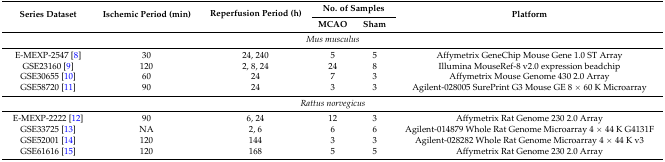
<table><thead><tr><td rowspan="2"><b>Series Dataset</b></td><td rowspan="2"><b>Ischemic Period (min)</b></td><td rowspan="2"><b>Reperfusion Period (h)</b></td><td colspan="2"><b>No. of Samples</b></td><td rowspan="2"><b>Platform</b></td></tr><tr><td><b>MCAO</b></td><td><b>Sham</b></td></tr></thead><tbody><tr><td colspan="6"><i>Mus musculus</i></td></tr><tr><td>E-MEXP-2547 [8]</td><td>30</td><td>24, 240</td><td>5</td><td>5</td><td>Affymetrix GeneChip Mouse Gene 1.0 ST Array</td></tr><tr><td>GSE23160 [9]</td><td>120</td><td>2, 8, 24</td><td>24</td><td>8</td><td>Illumina MouseRef-8 v2.0 expression beadchip</td></tr><tr><td>GSE30655 [10]</td><td>60</td><td>24</td><td>7</td><td>3</td><td>Affymetrix Mouse Genome 430 2.0 Array</td></tr><tr><td>GSE58720 [11]</td><td>90</td><td>24</td><td>3</td><td>3</td><td>Agilent-028005 SurePrint G3 Mouse GE 8 × 60 K Microarray</td></tr><tr><td colspan="6"><i>Rattus norvegicus</i></td></tr><tr><td>E-MEXP-2222 [12]</td><td>90</td><td>6, 24</td><td>12</td><td>3</td><td>Affymetrix Rat Genome 230 2.0 Array</td></tr><tr><td>GSE33725 [13]</td><td>NA</td><td>2, 6</td><td>6</td><td>6</td><td>Agilent-014879 Whole Rat Genome Microarray 4 × 44 K G4131F</td></tr><tr><td>GSE52001 [14]</td><td>120</td><td>144</td><td>3</td><td>3</td><td>Agilent-028282 Whole Rat Genome Microarray 4 × 44 K v3</td></tr><tr><td>GSE61616 [15]</td><td>120</td><td>168</td><td>5</td><td>5</td><td>Affymetrix Rat Genome 230 2.0 Array</td></tr></tbody></table>